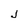
Character: J